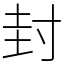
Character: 封